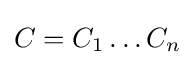
C=C_{1}\dots C_{n}